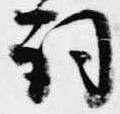
詞